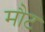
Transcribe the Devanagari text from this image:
मौट